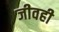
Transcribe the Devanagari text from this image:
जीवही